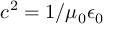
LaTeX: c ^ { 2 } = 1 / \mu _ { 0 } \epsilon _ { 0 }